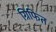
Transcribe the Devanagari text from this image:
ग्रिफित